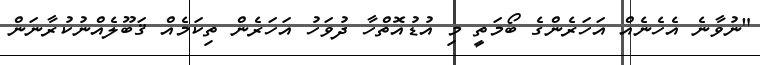
"ނުވާނެ އެހެނެއް އަހަރެންގެ ބޯމަތީ މި އުޑުއޮތްހާ ދުވަހު އަހަރެން ތިކަމެއް ޤަބޫލެއްނުކުރާނަން